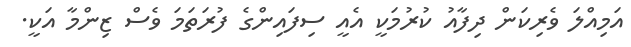
އަމިއްލަ ވެރިކަން ދިފާއު ކުރުމަކީ އެއީ ސިފައިންގެ ފުރަތަމަ ވެސް ޒިންމާ އަކީ.